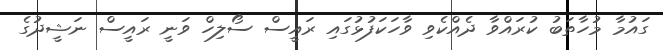
ގައުމާ މުހާތަބު ކުރައްވާ ދެއްކެވި ވާހަކަފުޅުގައި ރައީސް ސޯލިހް ވަނީ ރައީސް ނަޝީދުގެ